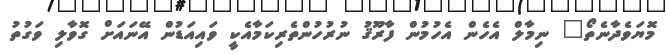
މޮޔަވެދާނެތޯ" ނިމާލް އެހެން އެހުމުން ފާރޫޤު ނުރުހުންތެރިކަމާއެކީ ވައިއަޑުން އޭނައަށް ގޮވާލި ވަގުތު